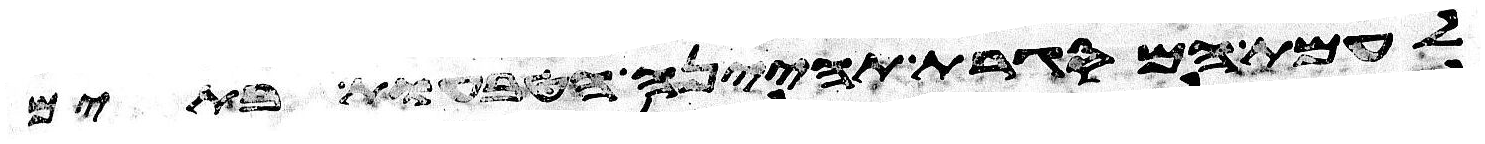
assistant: לעמת המסגרת תהינה הטבעות בתים